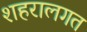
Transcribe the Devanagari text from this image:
शहरालगत